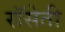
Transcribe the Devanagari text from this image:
रॉसेती